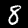
Label: 8